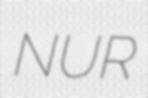
NUR